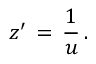
z ^ { \prime } \, = \, { \frac { 1 } { u } } \, .